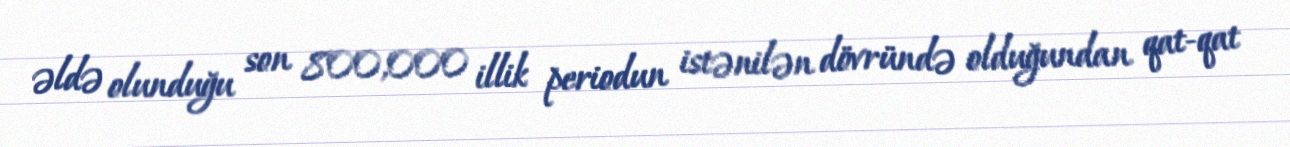
əldə olunduğu son 800,000 illik periodun istənilən dövründə olduğundan qat-qat